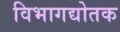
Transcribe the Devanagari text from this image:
विभागद्योतक